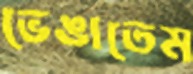
ভেঙাতেম